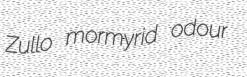
Zullo mormyrid odour